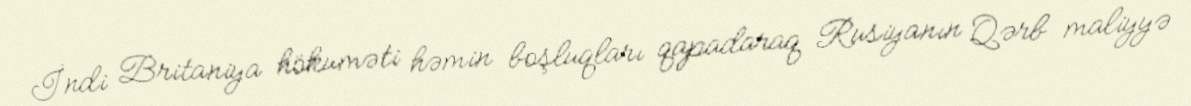
İndi Britaniya hökuməti həmin boşluqları qapadaraq Rusiyanın Qərb maliyyə